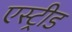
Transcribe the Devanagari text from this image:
एस्ट्रीड